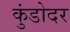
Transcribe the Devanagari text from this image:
कुंडोदर